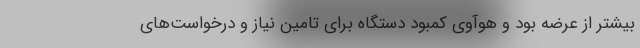
بیشتر از عرضه بود و هوآوی کمبود دستگاه برای تامین نیاز و درخواست‌های